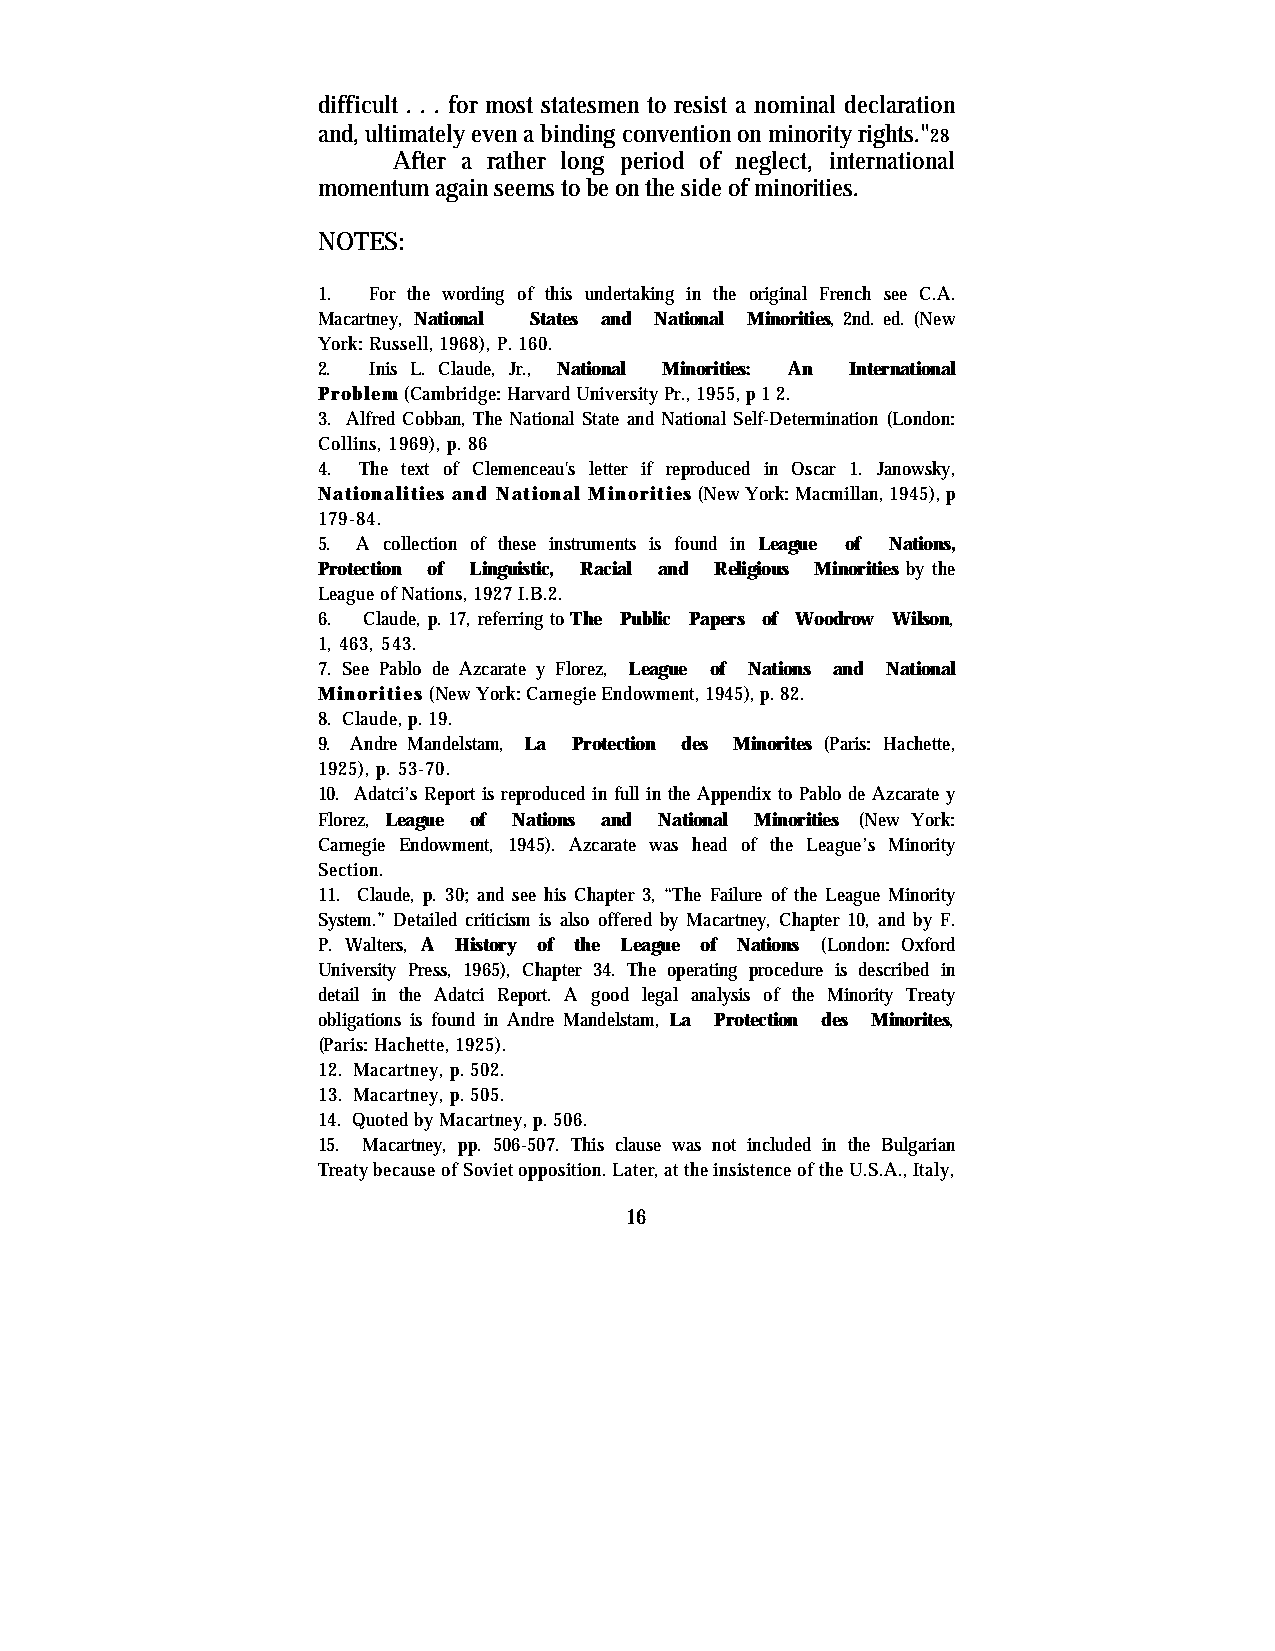
difficult . . . for most statesmen to resist a nominal declaration
 and, ultimately even a binding convention on minority rights."28
 After a rather long period of neglect, international
 momentum again seems to be on the side of minorities.
 NOTES:
 1. For the wording of this undertaking in the original French see C.A.
 Macartney, National States and National Minorities, 2nd. ed. (New
 York: Russell, 1968), P. 160.
 2. Inis L. Claude, Jr., National Minorities: An International
 Problem (Cambridge: Harvard University Pr., 1955, p 1 2.
 3. Alfred Cobban, The National State and National Self-Determination (London:
 Collins, 1969), p. 86
 4. The text of Clemenceau's letter if reproduced in Oscar 1. Janowsky,
 Nationalities and National Minorities (New York: Macmillan, 1945), p
 179-84.
 5. A collection of these instruments is found in League of Nations,
 Protection of Linguistic, Racial and Religious Minorities by the
 League of Nations, 1927 I.B.2.
 6. Claude, p. 17, referring to The Public Papers of Woodrow Wilson,
 1, 463, 543.
 7. See Pablo de Azcarate y Florez, League of Nations and National
 Minorities (New York: Carnegie Endowment, 1945), p. 82.
 8. Claude, p. 19.
 9. Andre Mandelstam, La Protection des Minorites (Paris: Hachette,
 1925), p. 53-70.
 10. Adatci’s Report is reproduced in full in the Appendix to Pablo de Azcarate y
 Florez, League of Nations and National Minorities (New York:
 Carnegie Endowment, 1945). Azcarate was head of the League’s Minority
 Section.
 11. Claude, p. 30; and see his Chapter 3, “The Failure of the League Minority
 System.” Detailed criticism is also offered by Macartney, Chapter 10, and by F.
 P. Walters, A History of the League of Nations (London: Oxford
 University Press, 1965), Chapter 34. The operating procedure is described in
 detail in the Adatci Report. A good legal analysis of the Minority Treaty
 obligations is found in Andre Mandelstam, La Protection des Minorites,
 (Paris: Hachette, 1925).
 12. Macartney, p. 502.
 13. Macartney, p. 505.
 14. Quoted by Macartney, p. 506.
 15. Macartney, pp. 506-507. This clause was not included in the Bulgarian
 Treaty because of Soviet opposition. Later, at the insistence of the U.S.A., Italy,
 16